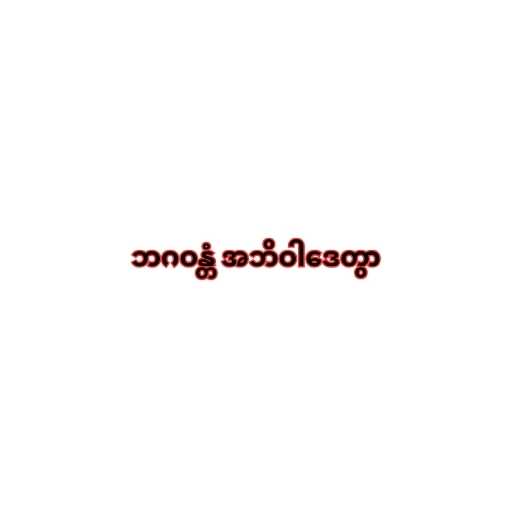
ဘဂဝန္တံ အဘိဝါဒေတွာ